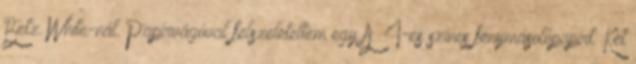
Betz White-nál. Papírvágóval felszeleteltem egy A 4-es színes fénymásolópapírt. Két